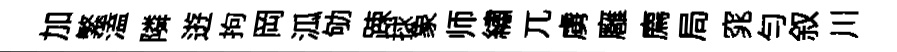
加繁溘隣逰拘岡泒劬踈捄象师繡兀虜廱廌局窕勻叙川